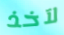
لآخذ